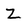
Character: Z